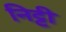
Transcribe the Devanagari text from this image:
निट्टी